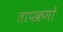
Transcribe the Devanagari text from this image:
तापक्रमों